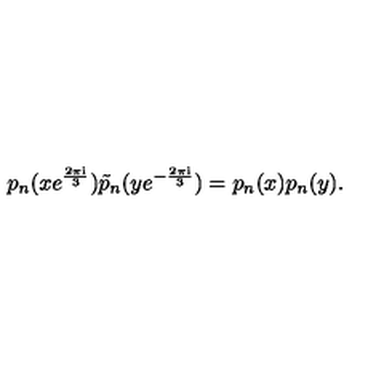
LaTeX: p _ { n } ( x e ^ { \frac { 2 \pi \mathrm { i } } { 3 } } ) \tilde { p } _ { n } ( y e ^ { - \frac { 2 \pi \mathrm { i } } { 3 } } ) = p _ { n } ( x ) p _ { n } ( y ) .